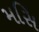
મસિ